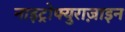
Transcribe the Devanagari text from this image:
नाइट्रोफ्युराज़ाइन